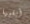
أبقيها